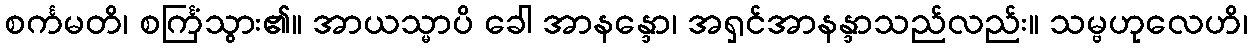
စင်္ကမတိ၊ စင်္ကြံသွား၏။ အာယသ္မာပိ ခေါ အာနန္ဒော၊ အရှင်အာနန္ဒာသည်လည်း။ သမ္ဗဟုလေဟိ၊